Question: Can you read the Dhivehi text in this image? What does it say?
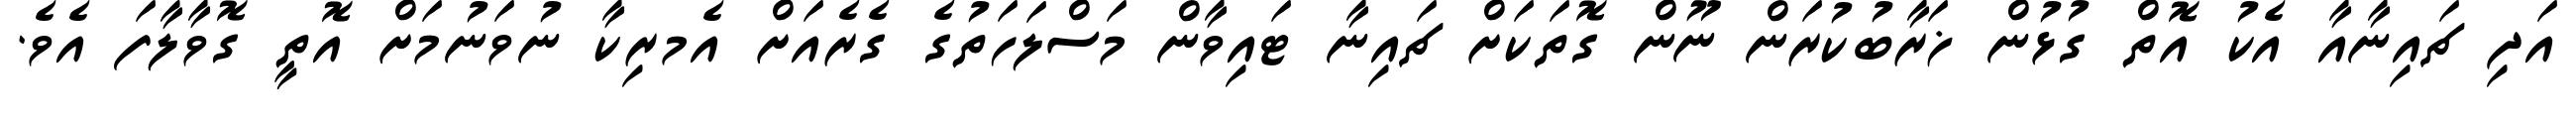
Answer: އަދި ޗައިނާއާ އެކު އޮތް ގުޅުން ޚަރާބުކުރަން ނޫން ގޮތަކަށް ޗައިނާ ޓައިވާން މަސްލަހަތުގެ ގެރެއަށް އެމރިކާ ނުވަނުމަށް އޮތީ ގޮވާލާފަ އެވެ.